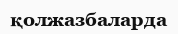
қолжазбаларда